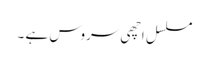
مسلسل اچھی سروس ہے ۔